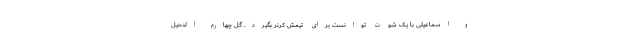
و اسماعیلی با یک شوت توانست برای تیمش کرنر بگیرد. گل چهارم الدحیل